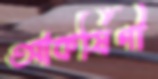
আকর্ষিণী